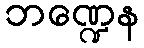
ဘဏ္ဍေန